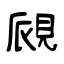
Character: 覛